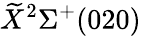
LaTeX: \widetilde{X}^{2}\Sigma^{+}(020)